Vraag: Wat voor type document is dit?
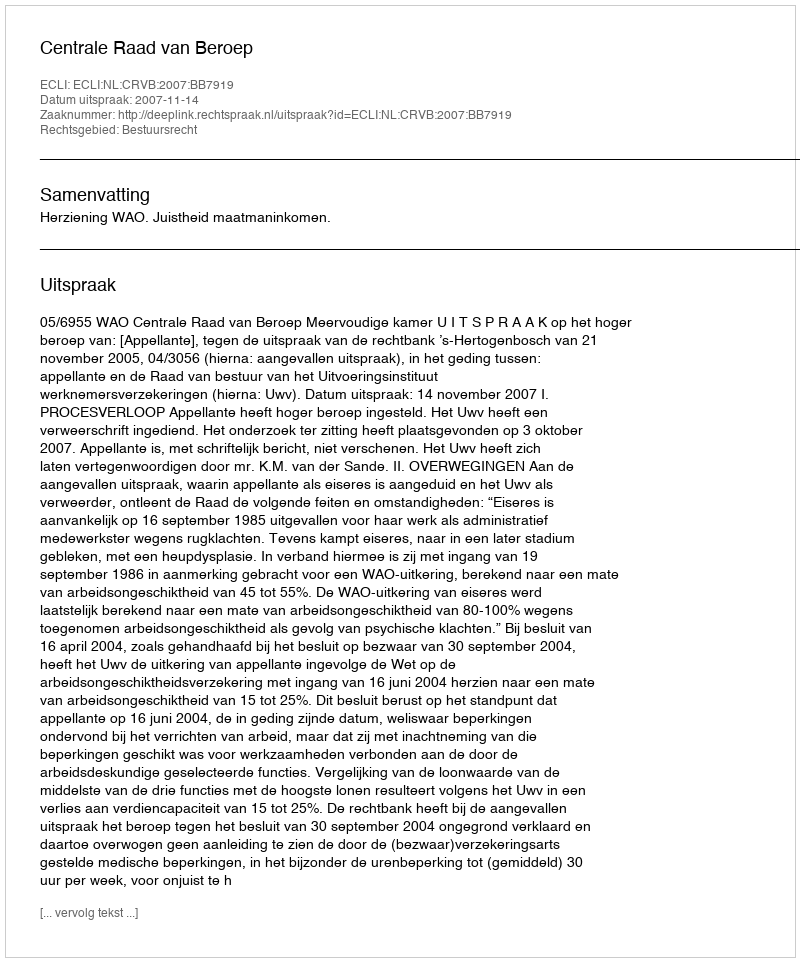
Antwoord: Uitspraak